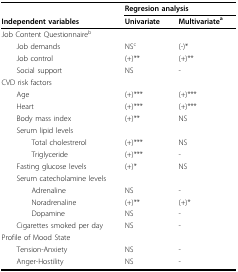
|  | <COLSPAN=2> Regresion analysis |
 | Independent variables | Univariate | Multivariatea |
 | --- | --- | --- |
 | Job Content Questionnaireb |  |  |
 | Job demands | NSc | (-)* |
 | Job control | (+)** | (+)** |
 | Social support | NS | - |
 | CVD risk factors |  |  |
 | Age | (+)*** | (+)*** |
 | Heart | (+)*** | (+)*** |
 | Body mass index | (+)** | NS |
 | Serum lipid levels |  |  |
 | Total cholestrerol | (+)*** | NS |
 | Triglyceride | (+)*** | - |
 | Fasting glucose levels | (+)* | NS |
 | Serum catecholamine levels |  |  |
 | Adrenaline | NS | - |
 | Noradrenaline | (+)** | (+)* |
 | Dopamine | NS | - |
 | Cigarettes smoked per day | NS | - |
 | Profile of Mood State |  |  |
 | Tension-Anxiety | NS | - |
 | Anger-Hostility | NS | - |